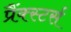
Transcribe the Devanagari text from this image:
प्रैंक्स्टर्स